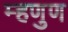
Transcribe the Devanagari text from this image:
म्हणुण